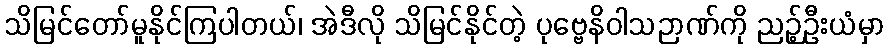
သိမြင်တော်မူနိုင်ကြပါတယ်၊ အဲဒီလို သိမြင်နိုင်တဲ့ ပုဗ္ဗေနိဝါသဉာဏ်ကို ညဉ့်ဦးယံမှာ